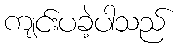
ကျင်းပခဲ့ပါသည်